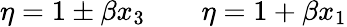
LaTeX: \eta=1\pm\beta x_{3}\qquad\eta=1+\beta x_{1}